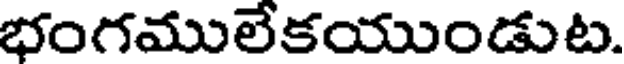
భంగములేకయుండుట.